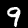
Label: 9